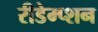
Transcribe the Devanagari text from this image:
रीडेम्प्शन